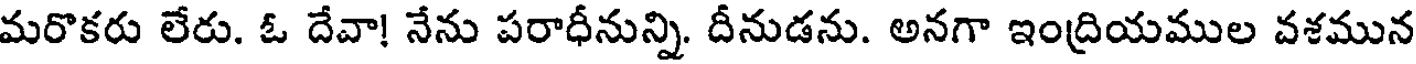
మరొకరు లేరు. ఓ దేవా! నేను పరాధీనున్ని. దీనుడను. అనగా ఇంద్రియముల వశమున